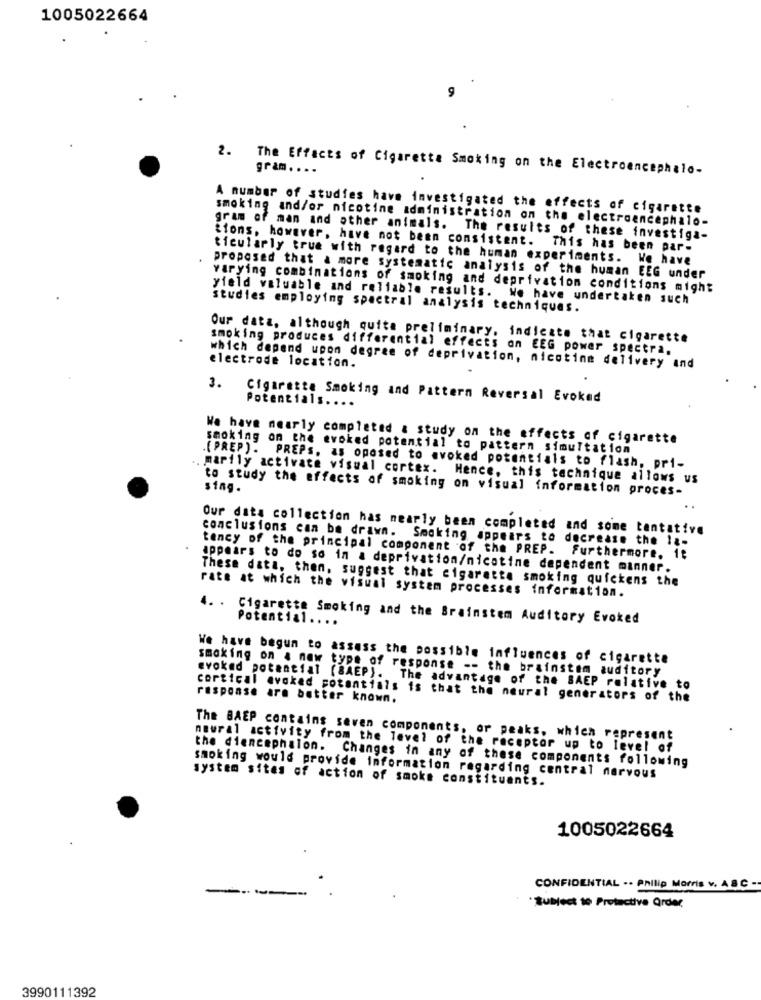
1005022664
2. The Effects of Cigarette Smoking on the Electroencephalo-
gram. ...
A number of studies have investigated the effects of cigarette
smoking and/or nicotine administration on the electroencephalo-
gram of man and other animals. The results of these investiga-
tions, however, have not been consistent. This has been par-
ticularly true with regard to the human experiments. We have
proposed that & more systematic analysis of the human EEG under
varying combinations of smoking and deprivation conditions might
yield valuable and reliable results. We have undertaken such
studies employing spectral analysis techniques.
Our data, although quite preliminary, indicate that cigarette
smoking produces differential effects on EEG power spectra.
electrode location.
which depend upon degree of deprivation, nicotine delivery and
. Cigarette Smoking and Pattern Reversal Evoked
Potentials ...
We have nearly completed & study on the effects of cigarette
smoking on the evoked potential to pattern simultation
(PREP). PREPS, as oposed to evoked potentials to flash, pri-
marily activate visual cortex. Hence, this technique allows us
to study the effects of smoking on visual information proces-
sing.
Our data collection has nearly been completed and some tentative
conclusions can be drawn. Smoking appears to decrease the 1 ;-
tency of the principal component of the PREP. Furthermore. it
appears to do so in a deprivation/nicotine dependent manner.
These data, then, suggest that cigarette smoking quickens the
rate at which the visual system processes information.
4. . Cigarette Smoking and the Brainstem Auditory Evoked
Potential ....
We have begun to assess the possible influences of cigarette
smoking on a new type of response -- the brainstem auditory
evoked potential (BAEP). The advantage of the BAEP relative to
response are better known.
cortical evoked potentials is that the newral generators of the
The BAEP contains seven components, or peaks, which represent
neural activity from the level of the receptor up to level of
the dienemphalon. Changes in any of these components following
system sites of action of smoke constituants.
smoking would provide information regarding central nervous
1005022664
CONFIDENTIAL .. Philip Morris v. A B C -
·Subject to Protective Order
3990111392